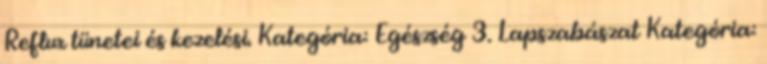
Reflux tünetei és kezelési. Kategória: Egészség 3. Lapszabászat Kategória: